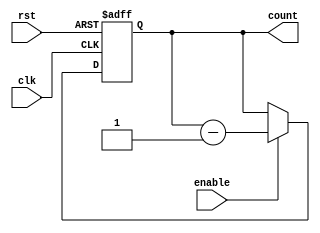
module Binary_Down_Counter (
    input wire clk,          // Clock input
    input wire rst,          // Reset input
    input wire enable,       // Enable input
    output reg [7:0] count   // 8-bit binary down counter output
);

always @(posedge clk or posedge rst) begin
    if (rst) begin
        count <= 8'b11111111; // Initialize counter to maximum value
    end else if (enable) begin
        count <= count - 1;   // Decrement counter value when enabled
    end
end

endmodule